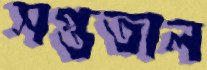
সপ্ততাল